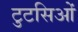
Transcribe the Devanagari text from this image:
टुटसिओं